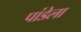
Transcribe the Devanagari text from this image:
पांडेला